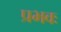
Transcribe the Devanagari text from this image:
प्रभवः